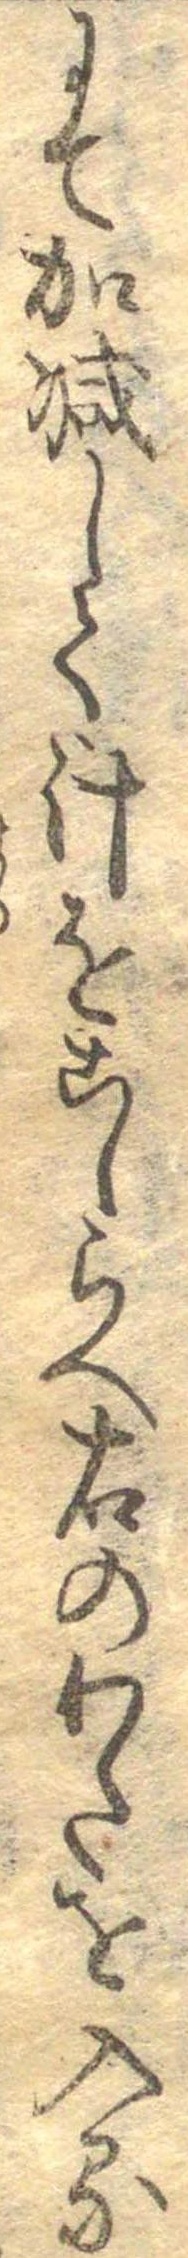
にて加減して汁をこしらへ右のわたを入る